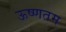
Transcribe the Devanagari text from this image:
ऊष्णतम